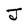
Character: J